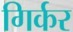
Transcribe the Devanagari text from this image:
गिर्कर